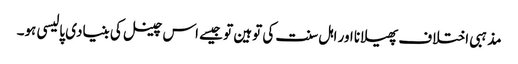
مذہبی اختلاف پھیلانا اور اہل سنت کی توہین تو جیسے اس چینل کی بنیادی پالیسی ہو۔